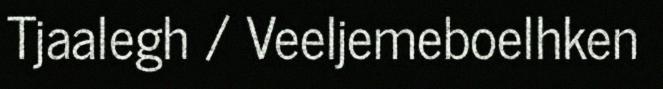
Tjaalegh / Veeljemeboelhken